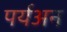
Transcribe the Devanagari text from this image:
पर्यअन